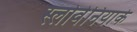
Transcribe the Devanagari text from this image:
स्लोवेनियाके